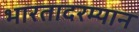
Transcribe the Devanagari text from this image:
भारतादरम्यान